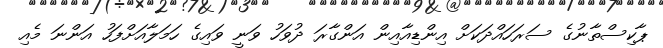
ޕާކިސްތާނުގެ ސަރަހައްދަކަށް އިންޑިއާއިން އަންގާރަ ދުވަހު ވަނީ ވައިގެ ހަމަލާއަށްފަހު އަންނަ މެއި